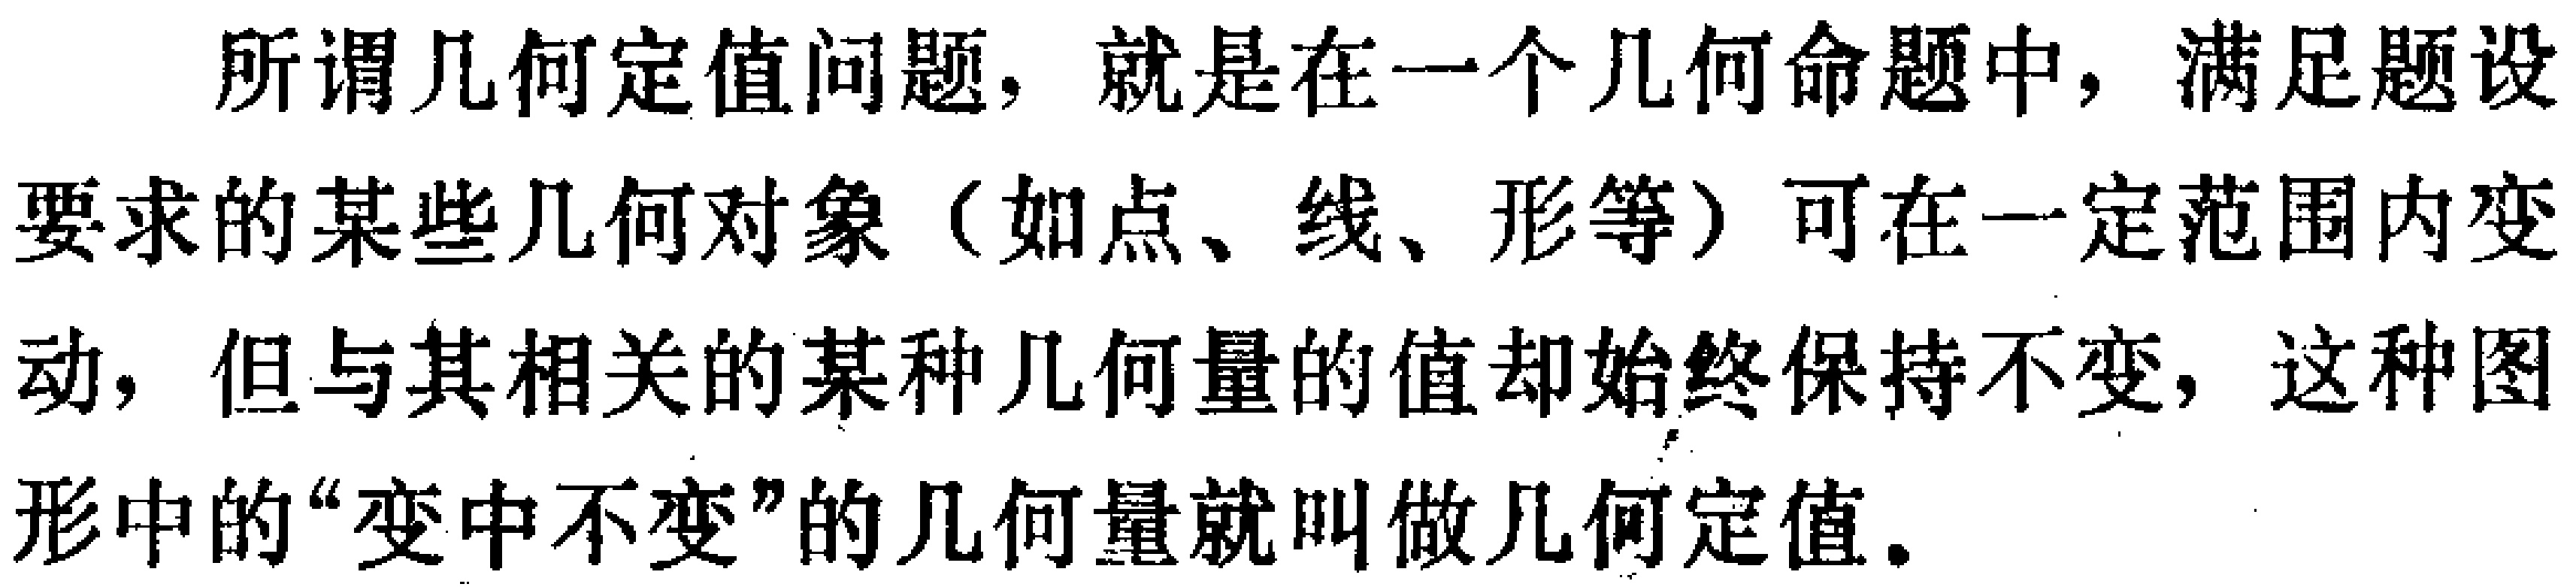
所谓几何定值问题，就是在一个几何命题中，满足题设要求的某些几何对象（如点、线、形等）可在一定范围内变动，但与其相关的某种几何量的值却始终保持不变，这种图形中的“变中不变”的几何量就叫做几何定值。